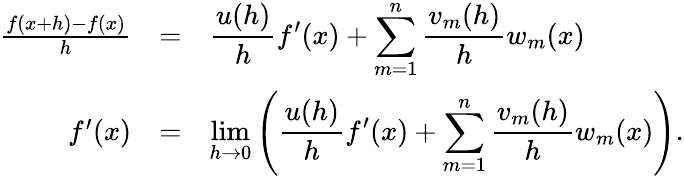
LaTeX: \begin{array}{rcl}{\frac{f(x+h)-f(x)}{h}}&{=}&{\displaystyle\frac{u(h)}{h}f^{\prime}(x)+\sum_{m=1}^{n}\frac{v_{m}(h)}{h}w_{m}(x)}\\ {f^{\prime}(x)}&{=}&{\displaystyle\operatorname*{lim}_{h\to 0}\left(\frac{u(h)}{h}f^{\prime}(x)+\sum_{m=1}^{n}\frac{v_{m}(h)}{h}w_{m}(x)\right).}\end{array}